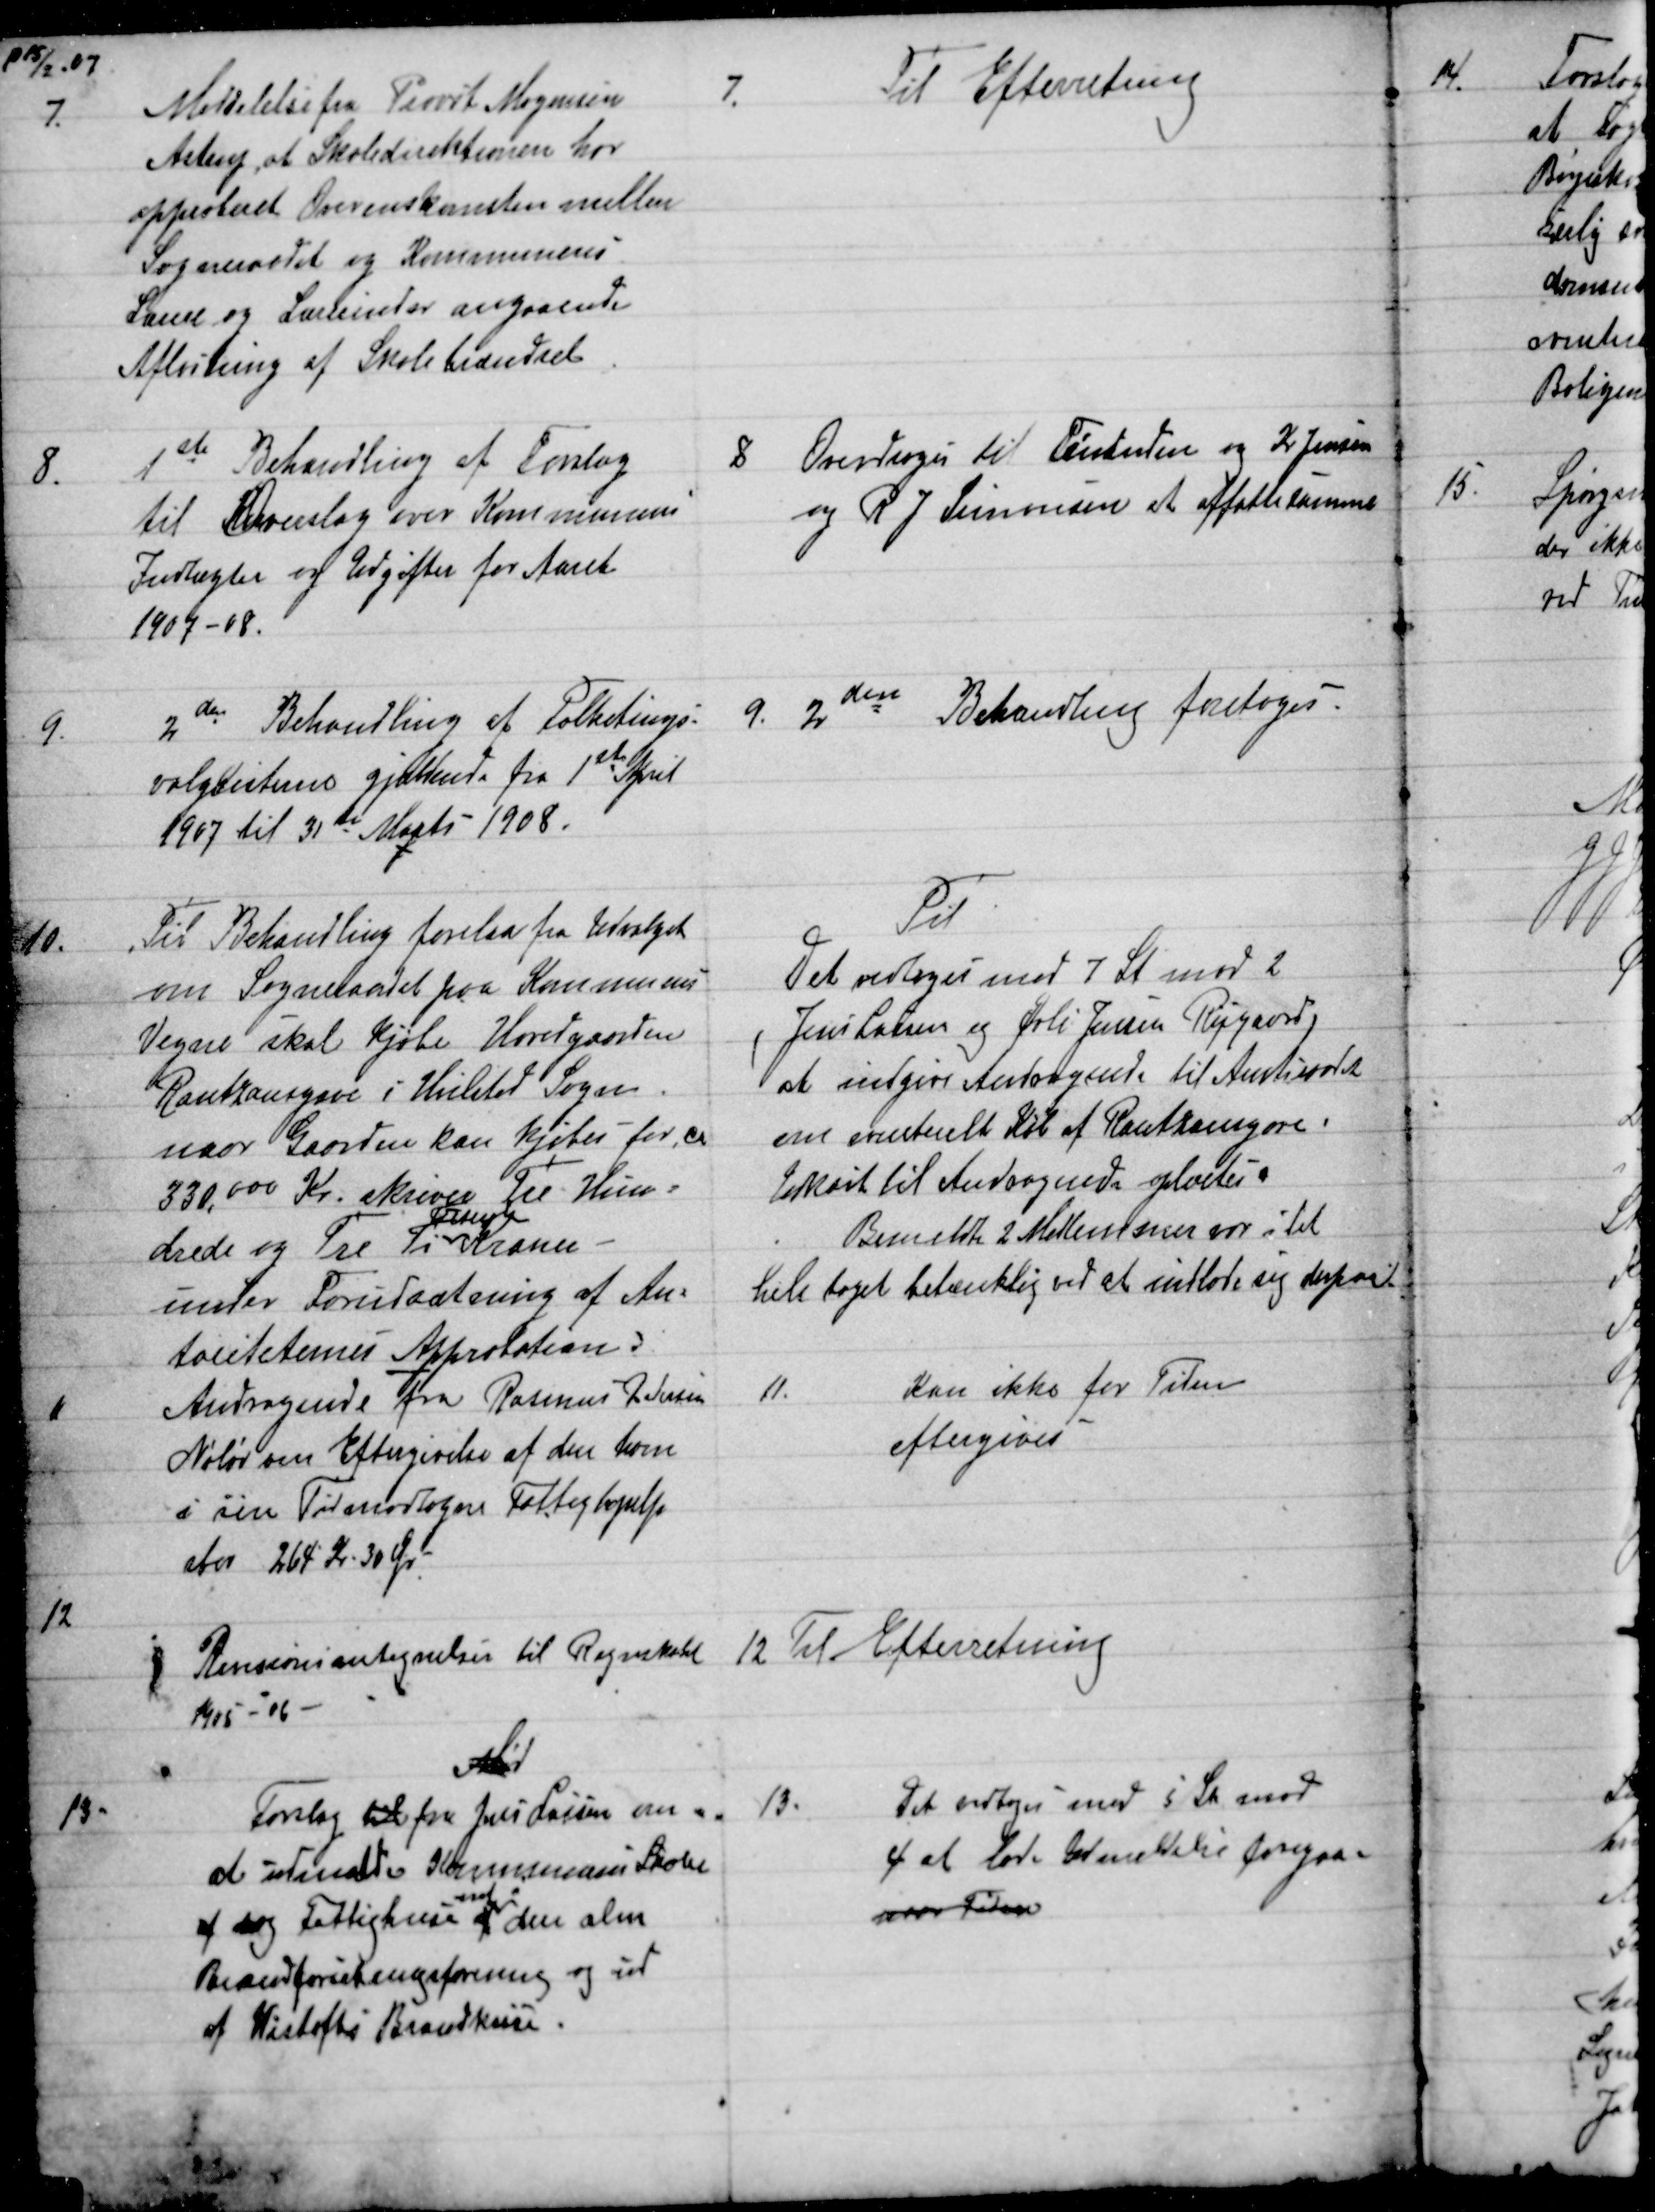
Transskription:
P15/2. 07
7. 
Meddelelse fra Provst Mogensen
Astrup, at Skoledirektionen har
approberet Overenskomsten mellem
Sogneraadet og Kommunens
Lærere og Lærerinder angaaende
Afløsning af Skolebrændsel
7.
Til Efterretning
8
1ste Behandling af Forslag
til Overslag over Kommunens
Indtægter og Udgifter for Aaret
1907-08.
8
Overdroges til Fmdnden og Kr. Jensen
og R. J. Simonsen at affatte samme.
9.
2den Behandling af Folketings-
valglisterne gjældende fra 1ste April
1907 til 31te Marts 1908.
9.
2den Behandling foretoges.
10.
Til Behandling forelaa fra Udvalget
om Sogneraadet paa Kommunens
Vegne skal kjøbe Hovedgaarden
Rantzausgave i Hvilsted Sogn
naar Gaarden kan kjøbes - for ca
330,000 Kr. skriver Tre Hun=
drede og Tre Ti 
Tusinde
Kroner
under Forudsætning af Au=
toriteternes Approbation.
Til
Det vedtoges med 7 St mod 2
(Jens Lassen og Øvli Jensen Røjgaard)
at indgive Andragende til Amtsraadet
om eventuelt Køb af Rantzausgave.
Udkast til Andragende oplæstes.
Bemeldte 2 Medlemmer var i det
hele taget betænklig ved at indlade sig derpaa.
11
Andragende fra Rasmus Petersen
Nøløv om Eftergivelse af den ham
i sin Tid modtagne Fattighjælp
stor 264 Kr. 30 Øre
11.
Kan ikke for Tiden
eftergives
12.
Revisionsantegnelser til Regnskabet
1905-06
12
Til Efterretning
13

Forslag til fra Jens Lassen om 
at udmelde Kommunens Skoler
af og Fattighuse af
ind i
den alm
Brandforsikringsforening og ud
af Wistofts Brandkasse.
13.
Det vedtoges med 5 St mod
4 at lade Udmeldelse foregaa
over Tiden